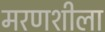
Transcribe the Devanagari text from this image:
मरणशीला